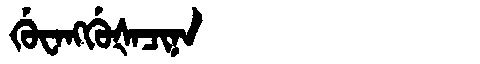
Manchu: ᡤᡠᠸᠠᠩᡤᡠᡧᠠᠴᡳᠨᠠ
Romanization: GUWANGGUŠACINA